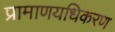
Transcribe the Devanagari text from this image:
प्रामाणयधिकरण